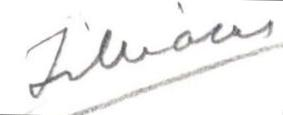
Zilliacus